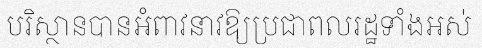
បរិស្ថានបានអំពាវនាវឱ្យប្រជាពលរដ្ឋទាំងអស់